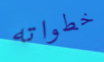
خطواته